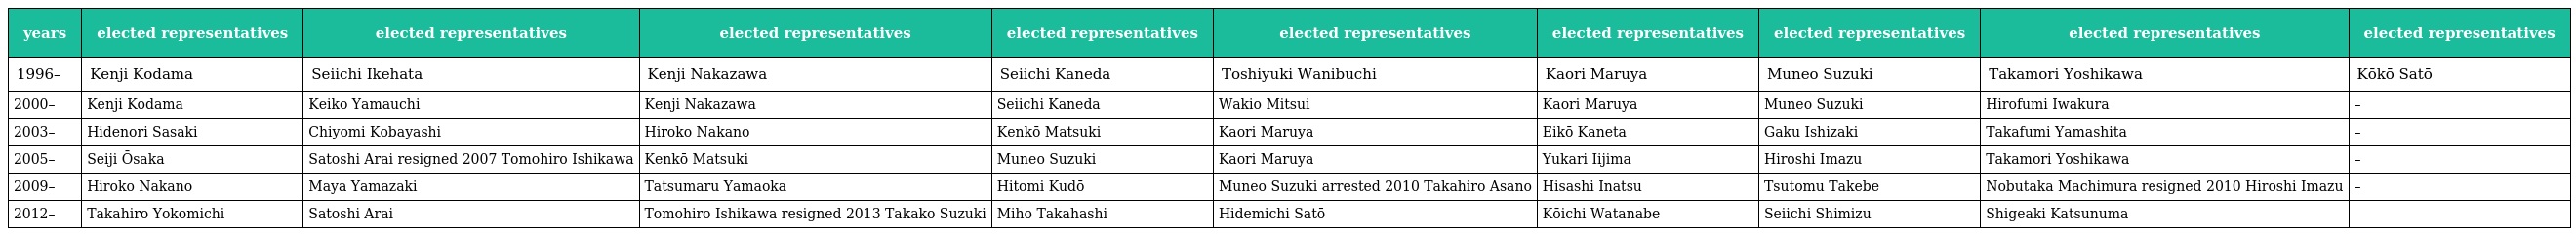
| years | elected representatives | elected representatives | elected representatives | elected representatives | elected representatives | elected representatives | elected representatives | elected representatives | elected representatives |
 | --- | --- | --- | --- | --- | --- | --- | --- | --- | --- |
 | 1996– | Kenji Kodama | Seiichi Ikehata | Kenji Nakazawa | Seiichi Kaneda | Toshiyuki Wanibuchi | Kaori Maruya | Muneo Suzuki | Takamori Yoshikawa | Kōkō Satō |
 | 2000– | Kenji Kodama | Keiko Yamauchi | Kenji Nakazawa | Seiichi Kaneda | Wakio Mitsui | Kaori Maruya | Muneo Suzuki | Hirofumi Iwakura | – |
 | 2003– | Hidenori Sasaki | Chiyomi Kobayashi | Hiroko Nakano | Kenkō Matsuki | Kaori Maruya | Eikō Kaneta | Gaku Ishizaki | Takafumi Yamashita | – |
 | 2005– | Seiji Ōsaka | Satoshi Arai resigned 2007 Tomohiro Ishikawa | Kenkō Matsuki | Muneo Suzuki | Kaori Maruya | Yukari Iijima | Hiroshi Imazu | Takamori Yoshikawa | – |
 | 2009– | Hiroko Nakano | Maya Yamazaki | Tatsumaru Yamaoka | Hitomi Kudō | Muneo Suzuki arrested 2010 Takahiro Asano | Hisashi Inatsu | Tsutomu Takebe | Nobutaka Machimura resigned 2010 Hiroshi Imazu | – |
 | 2012– | Takahiro Yokomichi | Satoshi Arai | Tomohiro Ishikawa resigned 2013 Takako Suzuki | Miho Takahashi | Hidemichi Satō | Kōichi Watanabe | Seiichi Shimizu | Shigeaki Katsunuma |  |